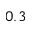
0 . 3